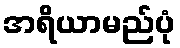
အရိယာမည်ပုံ